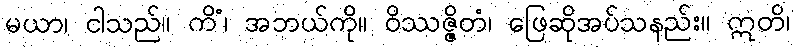
မယာ၊ ငါသည်။ ကိံ၊ အဘယ်ကို။ ဝိဿဇ္ဇိတံ၊ ဖြေဆိုအပ်သနည်း။ ဣတိ၊